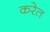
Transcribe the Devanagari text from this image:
करेत